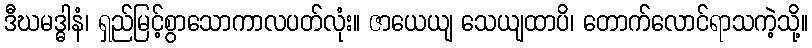
ဒီဃမဒ္ဓါနံ၊ ရှည်မြင့်စွာသောကာလပတ်လုံး။ ဇာယေယျ သေယျထာပိ၊ တောက်လောင်ရာသကဲ့သို့။